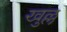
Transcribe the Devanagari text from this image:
खुल्ल